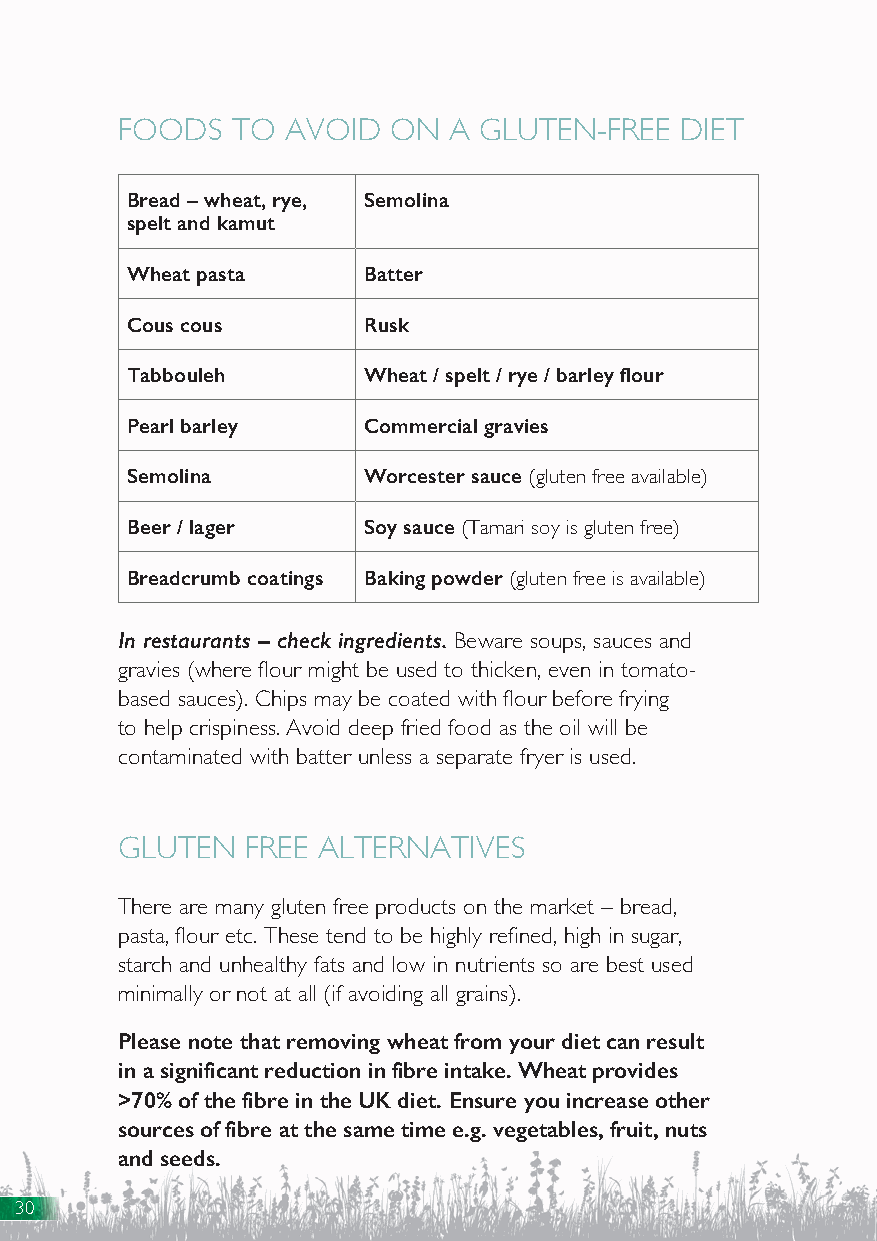
FOODS  TO  AVOID  ON  A GLUTEN-FREE  DIET
 Bread – wheat, rye, Semolina
 spelt and kamut
 Wheat pasta     Batter
 Cous cous       Rusk
 Tabbouleh       Wheat / spelt / rye / barley flour
 Pearl barley    Commercial gravies
 Semolina        Worcester sauce (gluten free available)
 Beer / lager    Soy sauce (Tamari soy is gluten free)
 Breadcrumb coatings Baking powder (gluten free is available)
 In restaurants – check ingredients. Beware soups, sauces and
 gravies (where flour might be used to thicken, even in tomato-
 based sauces). Chips may be coated with flour before frying
 to help crispiness. Avoid deep fried food as the oil will be
 contaminated with batter unless a separate fryer is used.
 GLUTEN  FREE ALTERNATIVES
 There are many gluten free products on the market – bread,
 pasta, flour etc. These tend to be highly refined, high in sugar,
 starch and unhealthy fats and low in nutrients so are best used
 minimally or not at all (if avoiding all grains).
 Please note that removing wheat from your diet can result
 in a significant reduction in fibre intake. Wheat provides
 >70% of the fibre in the UK diet. Ensure you increase other
 sources of fibre at the same time e.g. vegetables, fruit, nuts
 and seeds.
 30